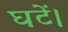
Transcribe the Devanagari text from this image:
घटें।